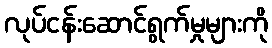
လုပ်ငန်းဆောင်ရွက်မှုများကို